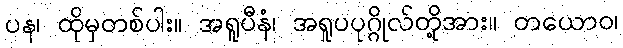
ပန၊ ထိုမှတစ်ပါး။ အရူပီနံ၊ အရူပပုဂ္ဂိုလ်တို့အား။ တယောဝ၊